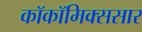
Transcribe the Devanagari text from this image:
काॅकॉमिक्ससार